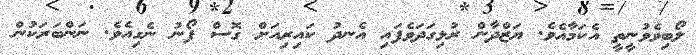
ލޯބިވެވުނީތީ އެކަމާއެވެ. ޔަޒްދާން ރުޅިގަދަވެފައި އެނދު ކައިރިއަށް ގޮސް ފޯނު ނެގިއެވެ. ނަންބަރަކުން